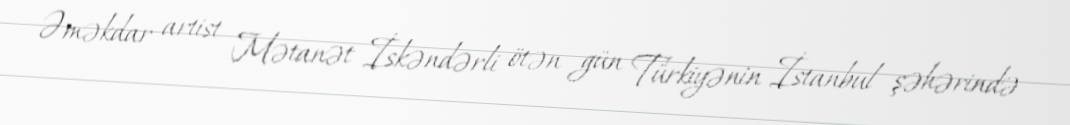
Əməkdar artist Mətanət İskəndərli ötən gün Türkiyənin İstanbul şəhərində